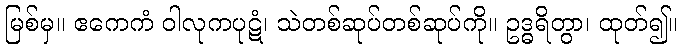
မြစ်မှ။ ဧကေကံ ဝါလုကပုဋံ၊ သဲတစ်ဆုပ်တစ်ဆုပ်ကို။ ဥဒ္ဓရိတွာ၊ ထုတ်၍။